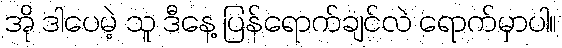
အို ဒါပေမဲ့ သူ ဒီနေ့ ပြန်ရောက်ချင်လဲ ရောက်မှာပါ။